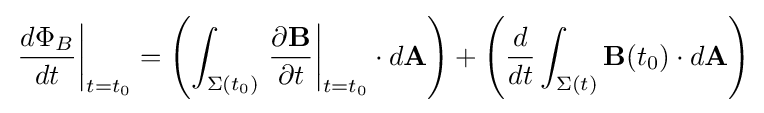
\left.{\frac {d\Phi _{B}}{dt}}\right|_{t=t_{0}}=\left(\int _{\Sigma (t_{0})}\left.{\frac {\partial \mathbf {B} }{\partial t}}\right|_{t=t_{0}}\cdot d\mathbf {A} \right)+\left({\frac {d}{dt}}\int _{\Sigma (t)}\mathbf {B} (t_{0})\cdot d\mathbf {A} \right)